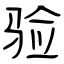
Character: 验